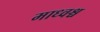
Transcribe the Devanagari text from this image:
माध्वश्च